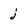
Character: j